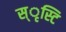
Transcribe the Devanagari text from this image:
स्ृस्टि